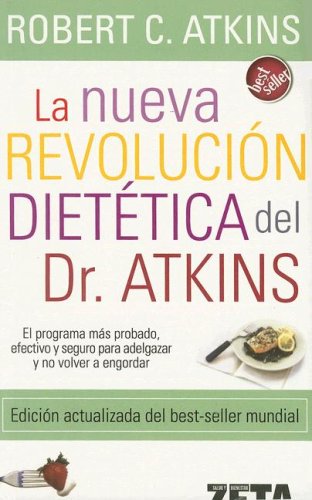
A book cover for La Nueva Revolucion Dietetica Del Dr. Atkons/ Dr. Atkin's New Diet Revolution (Spanish Edition); Robert C., M.D. Atkins; Health, Fitness & Dieting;